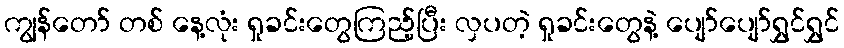
ကျွန်တော် တစ် နေ့လုံး ရှုခင်းတွေကြည့်ပြီး လှပတဲ့ ရှုခင်းတွေနဲ့ ပျော်ပျော်ရွှင်ရွှင်